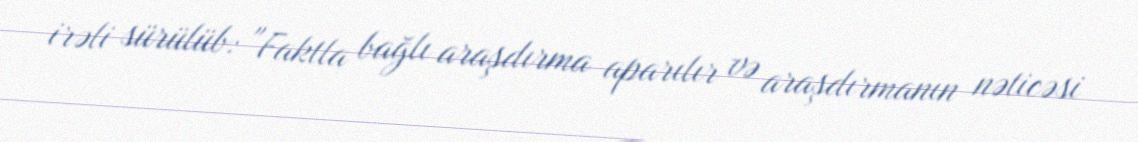
irəli sürülüb: "Faktla bağlı araşdırma aparılır və araşdırmanın nəticəsi